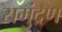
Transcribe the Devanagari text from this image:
समुंद्रण